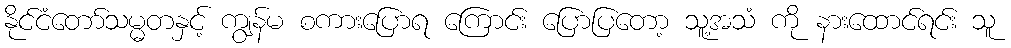
နိုင်ငံတော်သမ္မတနှင့် ကျွန်မ စကားပြောရ ကြောင်း ပြောပြတော့ သူ့အသံ ကို နားထောင်ရင်း သူ